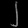
Digit: ၂